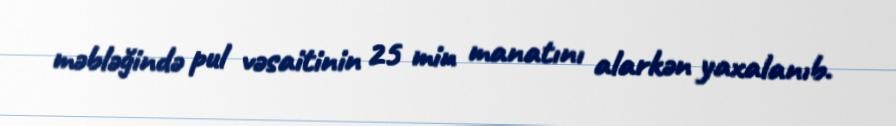
məbləğində pul vəsaitinin 25 min manatını alarkən yaxalanıb.